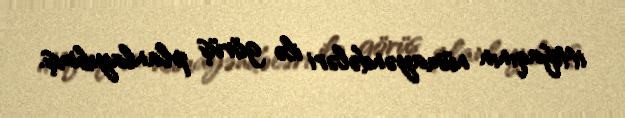
ittifaqının nümayəndələri ilə görüş planlayıbmış.